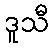
ဒူသီ